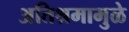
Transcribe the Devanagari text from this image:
अतिश्रमामुळे